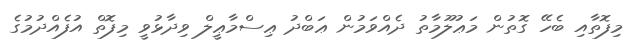
މިފޮތާއި ބެހޭ ގޮތުން މަޢުލޫމާތު ދެއްވަމުން ޢަބްދު ޢިސްމާޢީލް ވިދާޅުވީ މިފޮތް އުފެއްދުމުގެ